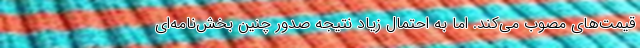
قیمت‌های مصوب می‌کند. اما به احتمال زیاد نتیجه صدور چنین بخش‌نامه‌ای